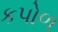
કપોળ